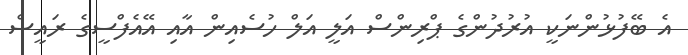
އެ ބޭފުޅުންނަކީ އުރުދުންގެ ޕްރިންސް އަލީ އަލް ހުސެއިން އާއި އޭއެފްސީގެ ރައީސް